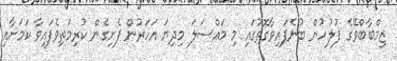
ޒިމްބާބްވޭގެ ފުލުހުން ބުނެފައިވާގޮތުގައި މި މައްސަލަ މިދިޔަ އަހަރުން ފެށިގެން ކުރިމަތިވެފައިވާ ކަމަށާއި